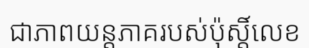
ជាភាពយន្តភាគរបស់ប៉ុស្តិ៍លេខ